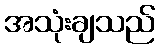
အသုံးချသည်